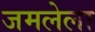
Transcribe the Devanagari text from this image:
जमलेला